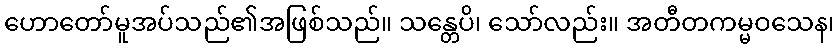
ဟောတော်မူအပ်သည်၏အဖြစ်သည်။ သန္တေပိ၊ သော်လည်း။ အတီတကမ္မဝသေန၊